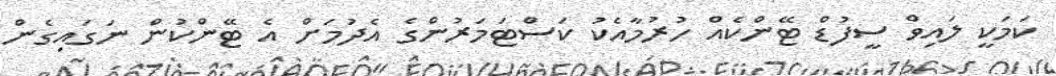
ކަމަކީ ލައިވް ސީފުޑް ޓޭންކެއް ހުރުމާއެކު ކަސްޓަމަރުންގެ އެދުމަށް އެ ޓޭންކުން ނަގައިގެން